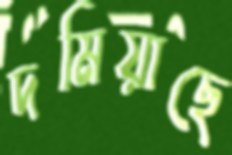
দমিয়াছে